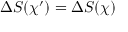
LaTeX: \Delta S ( \chi ^ { \prime } ) = \Delta S ( \chi )